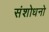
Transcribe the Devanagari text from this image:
संशोधनो